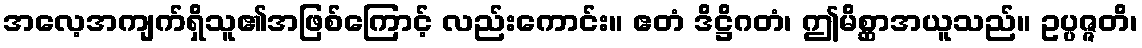
အလေ့အကျက်ရှိသူ၏အဖြစ်ကြောင့် လည်းကောင်း။ ဧတံ ဒိဋ္ဌိဂတံ၊ ဤမိစ္ဆာအယူသည်။ ဥပ္ပဇ္ဇတိ၊